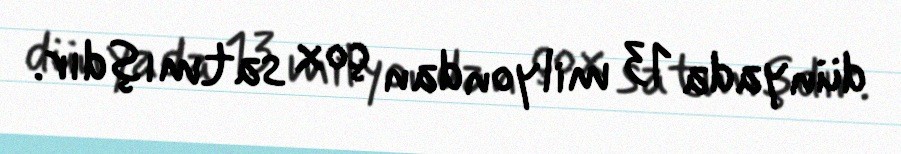
dünyada 13 milyondan çox satmışdır.